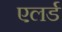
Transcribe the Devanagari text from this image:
एलर्ड